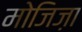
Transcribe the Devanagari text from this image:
मोजिज़ा